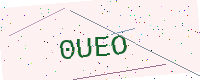
Text: 0UEO